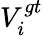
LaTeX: V_{i}^{gt}